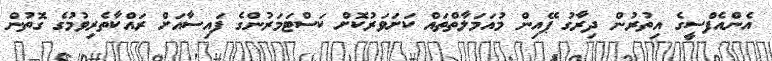
އެންއެފްސީގެ އިތުރުން ދިރާގު ޕޭއިން މުއަމަލާތްތައް ކަށަވަރުކޮށް ކަސްޓަމަރުންގެ ފައިސާއަށް ރައްކާތެރިވުމުގެ ގޮތުން